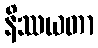
နိဿယတာ